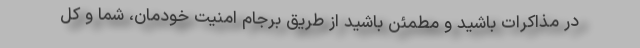
در مذاکرات باشید و مطمئن باشید از طریق برجام امنیت خودمان، شما و کل